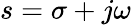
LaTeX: s=\sigma+j\omega